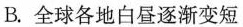
B.全球各地白昼逐渐变短